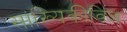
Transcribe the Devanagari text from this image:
सांख्यिकीविज्ञ